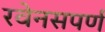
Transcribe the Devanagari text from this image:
रवेनसपर्ण